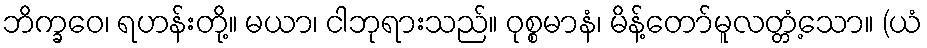
ဘိက္ခဝေ၊ ရဟန်းတို့။ မယာ၊ ငါဘုရားသည်။ ဝုစ္စမာနံ၊ မိန့်တော်မူလတ္တံ့သော။ (ယံ